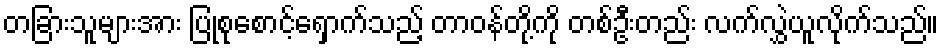
တခြားသူများအား ပြုစုစောင့်ရှောက်သည့် တာဝန်တို့ကို တစ်ဦးတည်း လက်လွှဲယူလိုက်သည်။